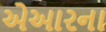
એઆરના